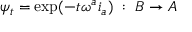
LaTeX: \psi _ { t } = \mathrm { e x p } ( - t \omega ^ { a } i _ { a } ) \; : \; B \rightarrow A